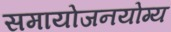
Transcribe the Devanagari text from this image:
समायोजनयोग्‍य